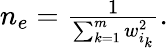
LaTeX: \begin{array}{r}{n_{e}=\frac{1}{\sum_{k=1}^{m}w_{i_{k}}^{2}}.}\end{array}